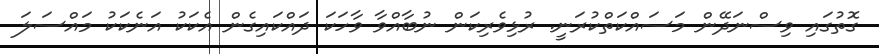
ގޮތުގައި ވިސްނަދޭން މަސައްކަތްކުރަނީ. ރުޅިވެރިކަން ނުބާއްވާ ވާހަކަ ދައްކައިގެން އެކަކު އަނެކަކު މައްސަލަ